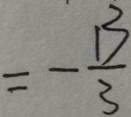
= - \frac { 1 3 } { 3 }